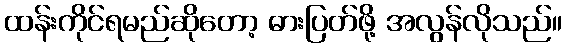
ထန်းကိုင်ရမည်ဆိုတော့ ဓားပြတ်ဖို့ အလွန်လိုသည်။